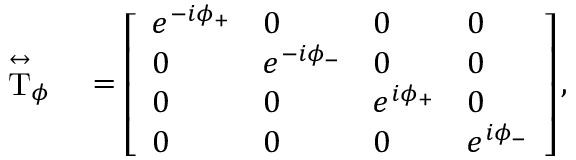
\begin{array} { r l } { \stackrel { \leftrightarrow } { \mathrm { T } } _ { \phi } } & { { } = \left[ \begin{array} { l l l l } { e ^ { - i \phi _ { + } } } & { 0 } & { 0 } & { 0 } \\ { 0 } & { e ^ { - i \phi _ { - } } } & { 0 } & { 0 } \\ { 0 } & { 0 } & { e ^ { i \phi _ { + } } } & { 0 } \\ { 0 } & { 0 } & { 0 } & { e ^ { i \phi _ { - } } } \end{array} \right] , } \end{array}